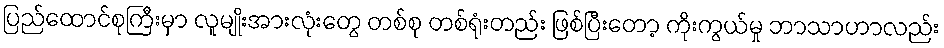
ပြည်ထောင်စုကြီးမှာ လူမျိုးအားလုံးတွေ တစ်စု တစ်ရုံးတည်း ဖြစ်ပြီးတော့ ကိုးကွယ်မှု ဘာသာဟာလည်း